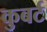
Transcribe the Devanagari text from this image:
कुबर्ट